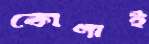
কোণাই